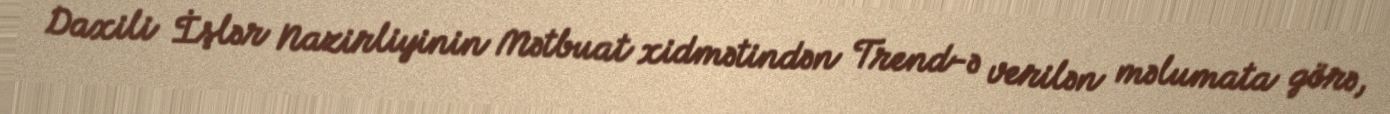
Daxili İşlər Nazirliyinin Mətbuat xidmətindən Trend-ə verilən məlumata görə,